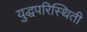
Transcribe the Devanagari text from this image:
युद्धपरिस्थिती